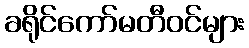
ခရိုင်ကော်မတီဝင်များ